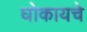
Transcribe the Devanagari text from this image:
घोकायचे